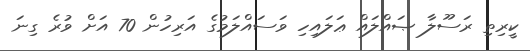
ކީރިތި ރަސޫލާ ޞައްލައް ޢަލައިހި ވަސައްލަމުގެ އަރިހުން 70 އަށް ވުރެ ގިނަ